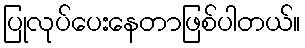
ပြုလုပ်ပေးနေတာဖြစ်ပါတယ်။